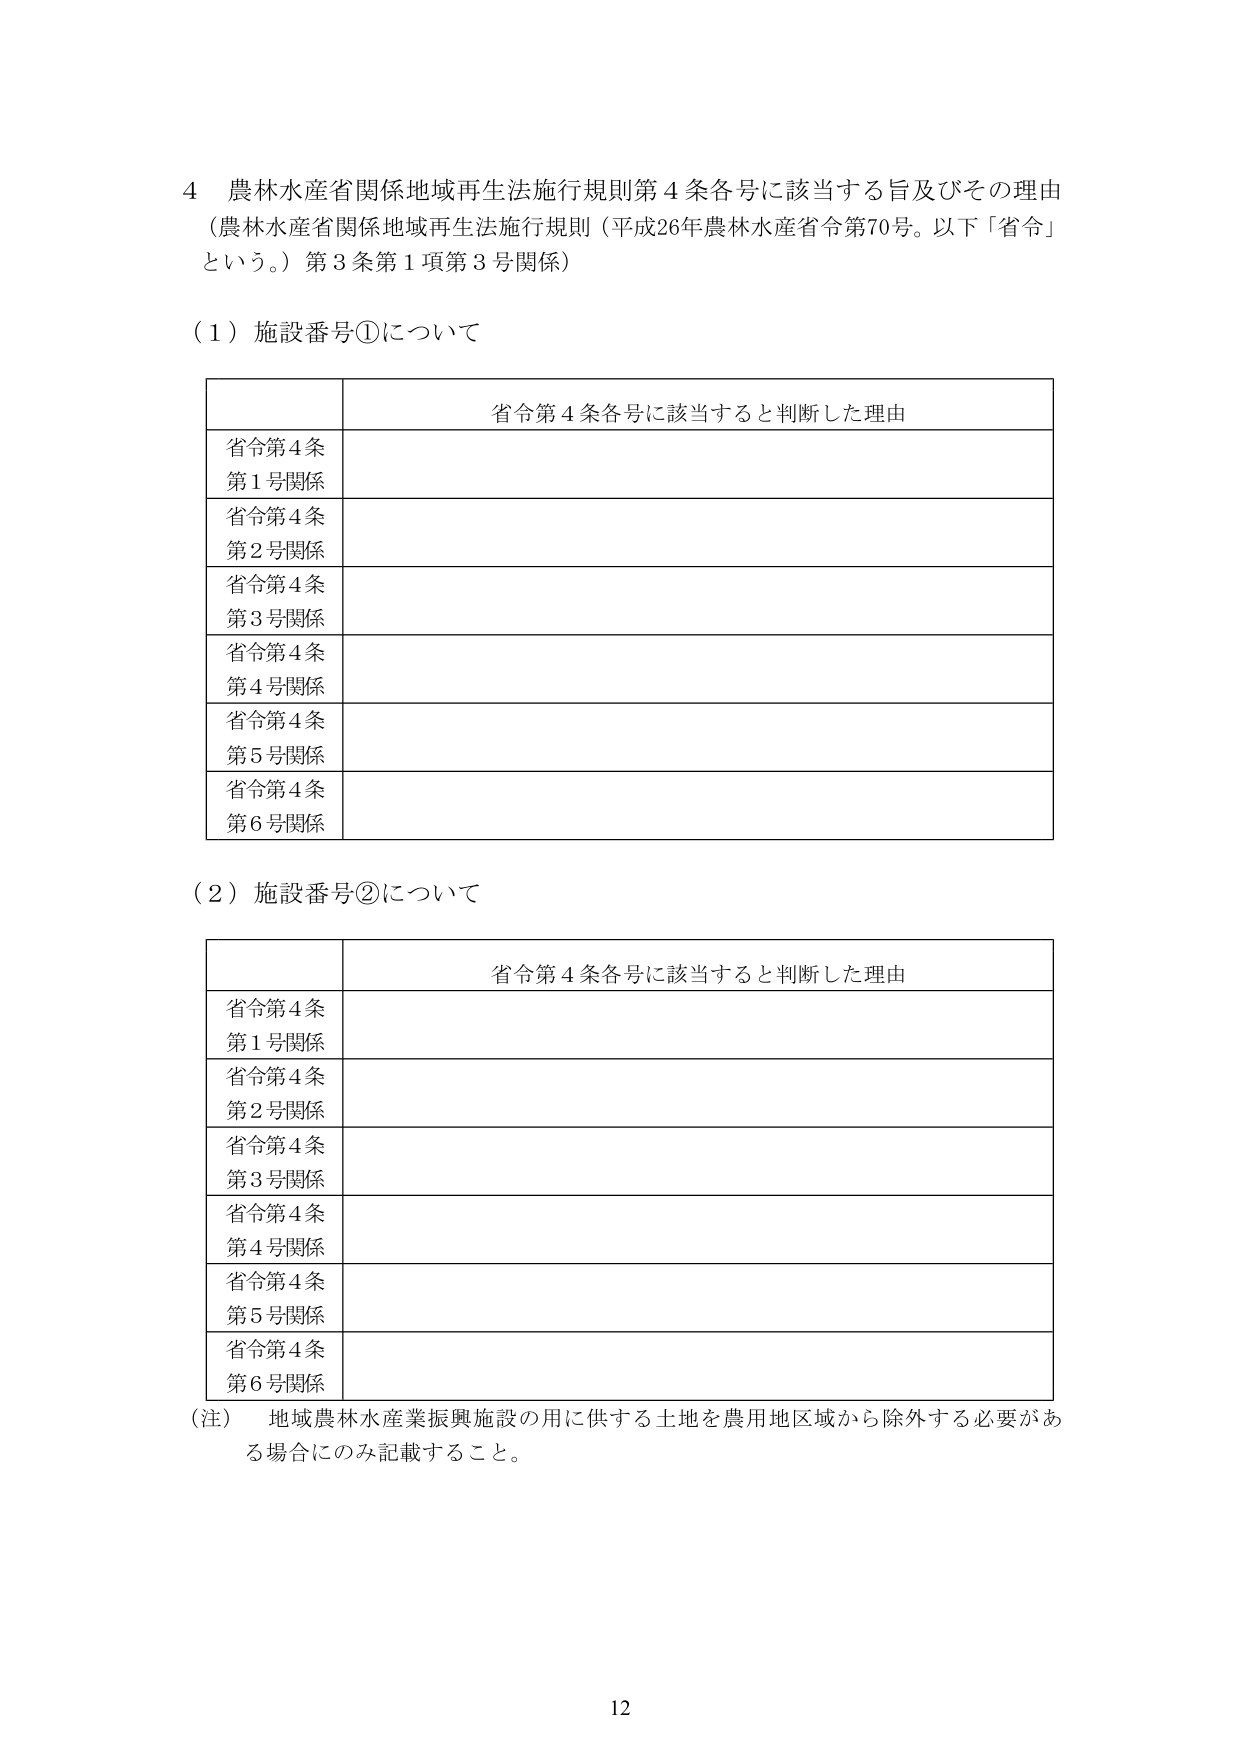
4 農林水産省関係地域再生法施行規則第4条各号に該当する旨及びその理由
（農林水産省関係地域再生法施行規則（平成26年農林水産省令第70号。以下「省令」という。）第3条第1項第3号関係）

（1）施設番号①について

省令第4条各号に該当すると判断した理由
省令第4条第1号関係
省令第4条第2号関係
省令第4条第3号関係
省令第4条第4号関係
省令第4条第5号関係
省令第4条第6号関係

（2）施設番号②について

省令第4条各号に該当すると判断した理由
省令第4条第1号関係
省令第4条第2号関係
省令第4条第3号関係
省令第4条第4号関係
省令第4条第5号関係
省令第4条第6号関係

（注） 地域農林水産業振興施設の用に供する土地を農用地区域から除外する必要がある場合にのみ記載すること。

12